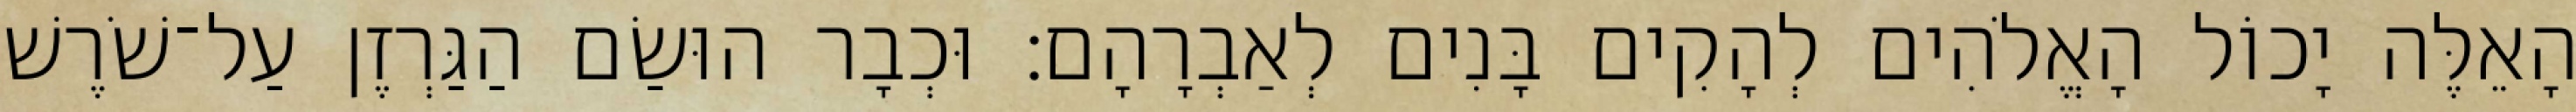
הָאֵלֶּה יָכוֹל הָאֱלֹהִים לְהָקִים בָּנִים לְאַבְרָהָם׃ וּכְבָר הוּשַׂם הַגַּרְזֶן עַל־שֹׁרֶשׁ